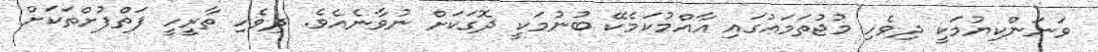
ވަނަންކިޔުމަކީ ދިވެހި މުޖުތަމަޢުގައި އާއްމުކަމެކޭ ބުނުމަކީ ދޮގަކަށް ނުވާނެއެވެ. ދިވެހި ތާރީހީ ފަތްފުށްތަކަށް